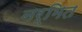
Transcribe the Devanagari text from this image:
नर्मित